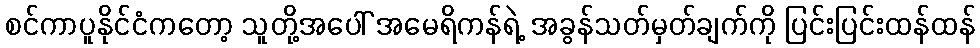
စင်ကာပူနိုင်ငံကတော့ သူတို့အပေါ် အမေရိကန်ရဲ့ အခွန်သတ်မှတ်ချက်ကို ပြင်းပြင်းထန်ထန်